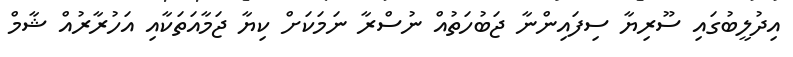
އިދުލީބުގައި ސޫރިޔާ ސިފައިންނާ ޖަބުހަތުއް ނުސްރާ ނަމަކަށް ކިޔާ ޖަމާއަތަކާއި އަހުރާރުއް ޝާމް